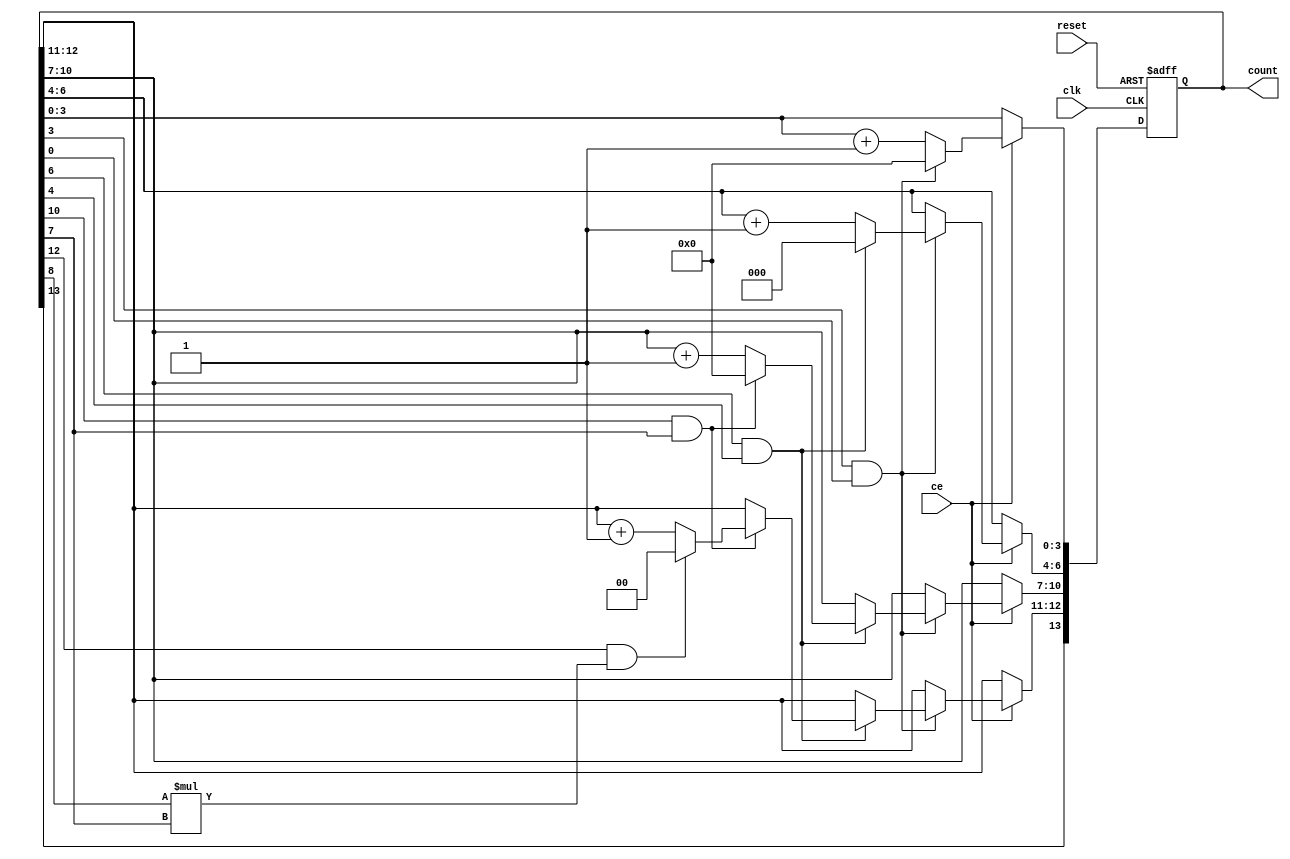
module binary_clock(clk, reset, ce, count);
   input clk, reset;
   input ce;  // count enable 
   output [13:0] count; // two digit bcd counter

   reg [13:0] count;
   wire [3:0] d0 = count[3:0];
   wire [2:0] d1 = count[6:4];
   wire [3:0] d2 = count[10:7];
   wire [1:0] d3 = count[12:11];

   always @(posedge clk or posedge reset) begin
      if (reset) begin
         count <= 0;
      end else begin
        if (ce) begin
           if (count[3] & count[0]) begin // 9
              count[3:0] <= 0;
              if (count[6] & count[4]) begin // 5
                count[6:4] <= 0;
                if (count[10] & count[7]) begin // 9
                  count[10:7] <= 0;
                  if (count[12] & count[8] * count[7]) begin // 2 & last 3
                    count[12:11] = 0;
                  end else begin
                    count[12:11] <= count[12:11] + 1;
                  end
                end else begin
                  count[10:7] <= count[10:7] + 1;
                end
              end else begin
                count[6:4] <= count[6:4] + 1;
              end
           end else begin
              count[3:0] <= count[3:0] + 1;
           end
         end
      end
   end
endmodule